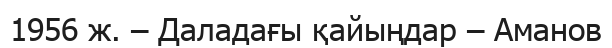
1956 ж. – Даладағы қайыңдар – Аманов